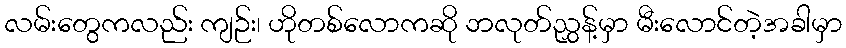
လမ်းတွေကလည်း ကျဉ်း၊ ဟိုတစ်လောကဆို ဘလုတ်ညွှန့်မှာ မီးလောင်တဲ့အခါမှာ